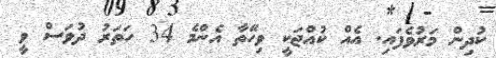
ކުދިން މަރުވެފައި. އެއް ކުއްޖަކީ ވިހޭތާ އެންމެ 34 ހަތަރު ދުވަސް ވީ